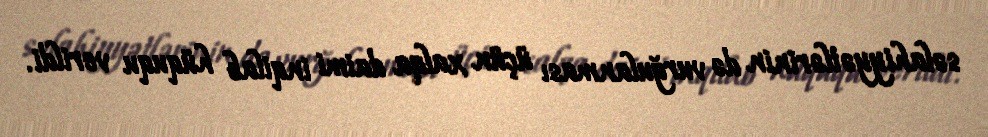
səlahiyyətlərinin də vurğulanması üçün xalqa daimi inqilab hüququ verildi.